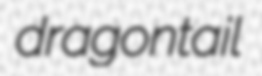
dragontail